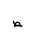
Letter: _da